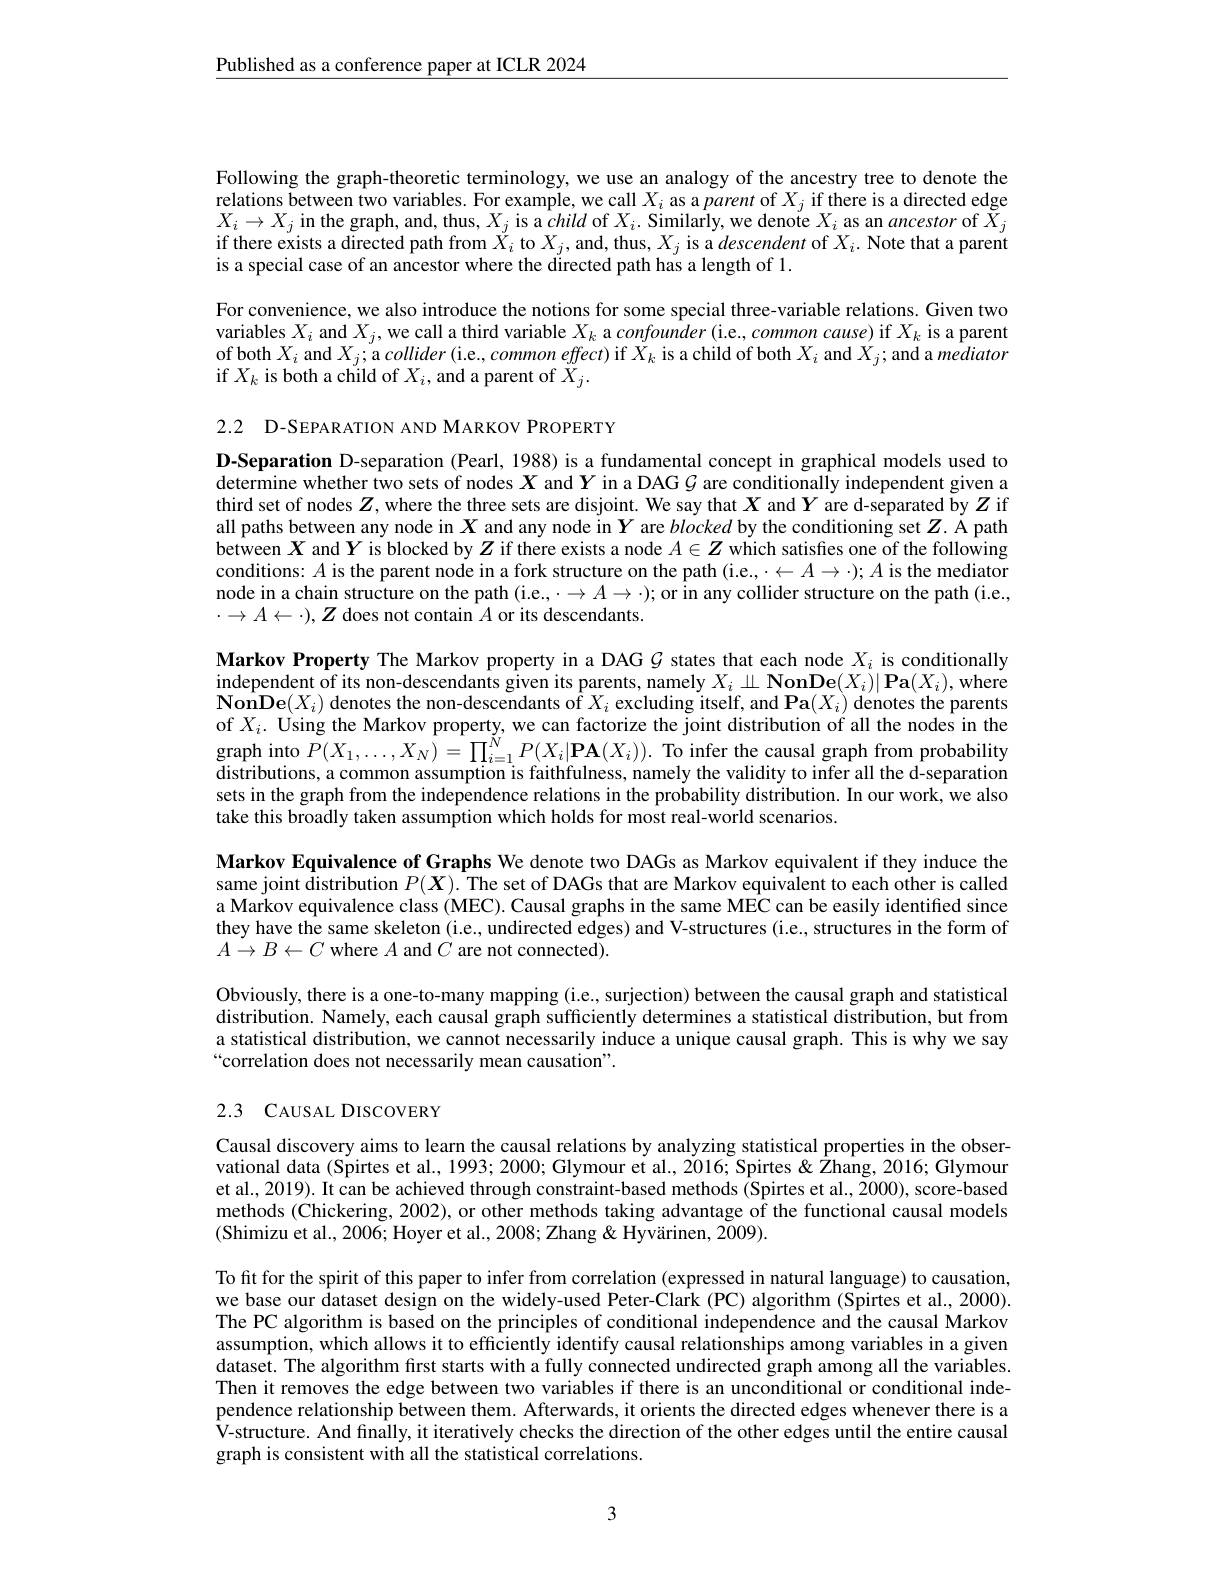
$\underline{\text{Published as a conference paper at ICLR 2024}}$

Following the graph-theoretic terminology, we use an analogy of the ancestry tree to denote the relations between two variables. For example, we call $X_i$ as a parent of $X_j$ if there is a directed edge $X_i\to X_j$ in the graph, and, thus, $X_j$ is a child of $X_i.$ Similarly, we denote $X_i$ as an ancestor of $\check{X}_j$ if there exists a directed path from $X_i$ to $X_j$, and, thus, $X_j$ is a descendent of $X_i.$ Note that a parent is a special case of an ancestor where the directed path has a length of 1.
For convenience, we also introduce the notions for some special three-variable relations. Given two variables $X_i$ and $X_j$, we call a third variable $X_k$ a confounder (i.e, common cause) if $X_k$ is a parent of both $X_i$ and $X_j;$ a collider (i.e., common effect) if $\bar{X}_k$ is a child of both $X_i$ and $X_j;$and a mediator if $X_k$ is both a child of $X_i$, and a parent of $\bar{X}_j.$

2.2 D-SEPARATION AND MARKOV PROPERTY

D-Separation D-separation (Pearl, 1988) is a fundamental concept in graphical models used to determine whether two sets of nodes $X$ and $Y$ in a DAG $G$ are conditionally independent given a third set of nodes $Z$, where the three sets are disjoint. We say that $X$ and $Y$ are d-separated by $Z$ if all paths between any node in $X$ and any node in $Y$ are blocked by the conditioning set $Z.$ Å path between $X$ and $Y$ is blocked by $Z$ if there exists a node $A\in Z$ which satisfies one of the following conditions: $A$ is the parent node in a fork structure on the path (i.e., $\cdot\leftarrow A\to\cdot);A$ is the mediator node in a chain structure on the path (i.e.,$\cdot\to A\to\cdot);\bar{\text{orinanycolliderstructureonthepath(i.e.},}$ $\cdot\to A\leftarrow\cdot),Z$ does not contain $A$ or its descendants.

Markov Property The Markov property in a DAG $\mathcal{G}$ states that each node $X_i$ is conditionally independent of its non-descendants given its parents, namely $X_i\perp\mathbf{NonDe}(X_i)|\mathbf{Pa}(X_i)$, where $\mathbf{NonDe}(X_i)$ denotes the non-descendants of $X_i$ excluding itself, and Pa$(X_i)$ denotes the parents of $X_i.$ Using the Markov property, we can factorize the joint distribution of all the nodes in the $\begin{array}{ll}{\mathrm{graph~into~}}P(X_{1},\ldots,X_{N})=\prod_{i=1}^{N}P(X_{i}|\mathbf{P}\mathbf{A}(X_{i})).\end{array}$To infer the causal graph from probability distributions, a common assumption is faithfulness, namely the validity to infer all the d-separation sets in the graph from the independence relations in the probability distribution. In our work, we also take this broadly taken assumption which holds for most real-world scenarios.
Markov Equivalence of Graphs We denote two DAGs as Markov equivalent if they induce the same joint distribution $P(\boldsymbol{X}).$ The set of DAGs that are Markov equivalent to each other is called a Markov equivalence class (MEC). Causal graphs in the same MEC can be easily identified since they have the same skeleton (i.e., undirected edges) and V-structures (i.e., structures in the form of $A\to B\gets C$ where $A$ and $C$ are not connected).

Obviously, there is a one-to-many mapping (i.e.. surjection) between the causal graph and statistical distribution. Namely, each causal graph sufficiently determines a statistical distribution, but from a statistical distribution, we cannot necessarily induce a unique causal graph. This is why we say “correlation does not necessarily mean causation".

## 2.3 CAUSAL DISCOVERY

Causal discovery aims to learn the causal relations by analyzing statistical properties in the observational data (Spirtes et al., 1993; 2000; Glymour et al., 2016; Spirtes & Zhang, 2016; Glymour et al., 2019). It can be achieved through constraint-based methods (Spirtes et al., 2000), score-based methods (Chickering, 2002), or other methods taking advantage of the functional causal models (Shimizu et al., 2006; Hoyer et al., 2008; Zhang& Hyvärinen, 2009).

To fit for the spirit of this paper to infer from correlation (expressed in natural language) to causation, we base our dataset design on the widely-used Peter-Clark (PC) algorithm (Spirtes et al., 2000). The PC algorithm is based on the principles of conditional independence and the causal Markov assumption, which allows it to efficiently identify causal relationships among variables in a given dataset. The algorithm first starts with a fully connected undirected graph among all the variables. Then it removes the edge between two variables if there is an unconditional or conditional independence relationship between them. Afterwards, it orients the directed edges whenever there is a V-structure. And finally, it iteratively checks the direction of the other edges until the entire causal graph is consistent with all the statistical correlations.

3